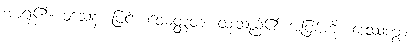
အာရုံ၏။ ဝသေန၊ ဖြင့်။ ဝေမတ္တတံ၊ ထူးသည်၏ အဖြစ်ကို။ ဒေဿတွာ၊